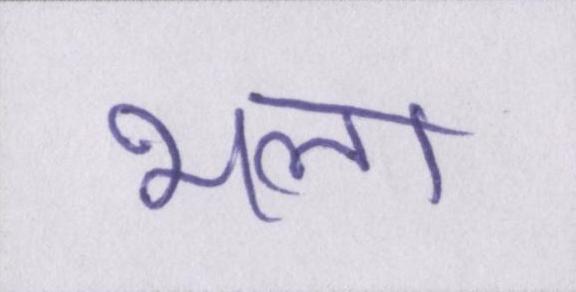
भला